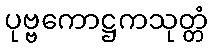
ပုဗ္ဗကောဋ္ဌကသုတ္တံ